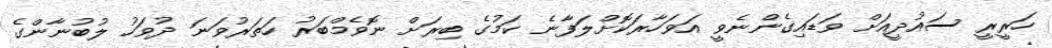
ހަރީރީ ސައުދީއަށް ވަޑައިގެންނެވީ އަވަހާރަކޮށްލަފާނެ ކަމުގެ ބިރަށް ނޮވެމްބަރު ހަތަރުވަނަ ދުވަހު ލުބުނާންގެ